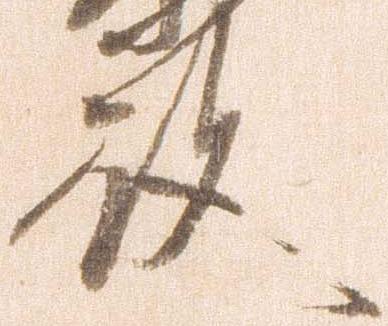
殿